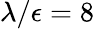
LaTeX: \lambda/\epsilon=8